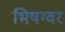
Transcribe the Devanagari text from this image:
भिषग्वर